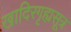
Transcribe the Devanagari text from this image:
खादिरगृह्यसूत्र